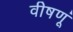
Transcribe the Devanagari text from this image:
वीषणूं